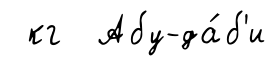
кг Абу-да́б'и